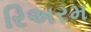
રિઅરમ